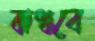
বাধবে